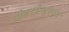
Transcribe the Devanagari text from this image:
अंडरग्रेजुएट्स